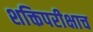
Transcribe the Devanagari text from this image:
शक्तिपरीक्षाच